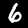
Label: 6